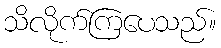
သိလိုက်ကြပေသည်။